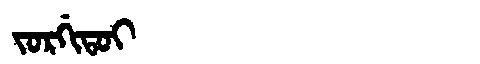
Manchu: ᠵᠣᡵᡤᡳᡨᠣᡳ
Romanization: JORGITOI